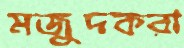
মজুদকরা